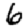
Digit: 6